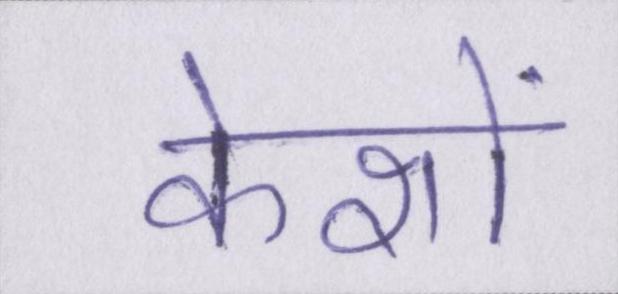
केशों